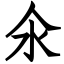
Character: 氽